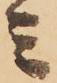
ミ